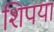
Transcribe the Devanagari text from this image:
शिपया